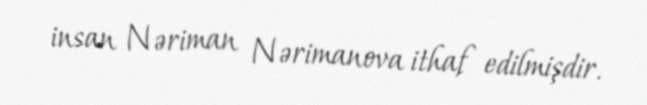
insan Nəriman Nərimanova ithaf edilmişdir.